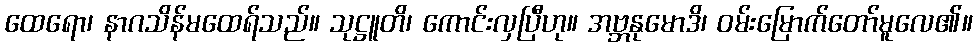
ထေရော၊ နာဂသိန်မထေရ်သည်။ သုဋ္ဌူတိ၊ ကောင်းလှပြီဟု။ အဗ္ဘနုမောဒိ၊ ဝမ်းမြောက်တော်မူလေ၏။